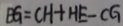
B G = C H + H E - C G